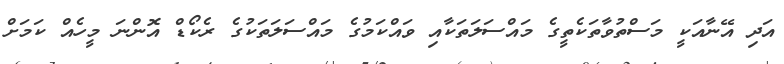
އަދި އޭނާއަކީ މަސްތުވާތަކެތީގެ މައްސަލަތަކާއި ވައްކަމުގެ މައްސަލަތަކުގެ ރެކޯޑް އޮންނަ މީހެއް ކަމަށް